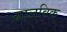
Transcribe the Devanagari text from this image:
सालविक